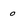
Character: 0